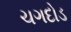
ચગદોડ